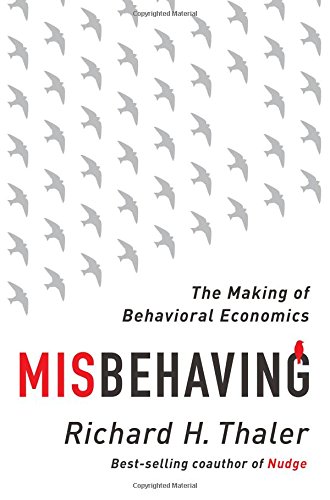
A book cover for Misbehaving: The Making of Behavioral Economics; Richard H. Thaler; Business & Money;